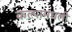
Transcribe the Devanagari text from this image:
कल्पामधली